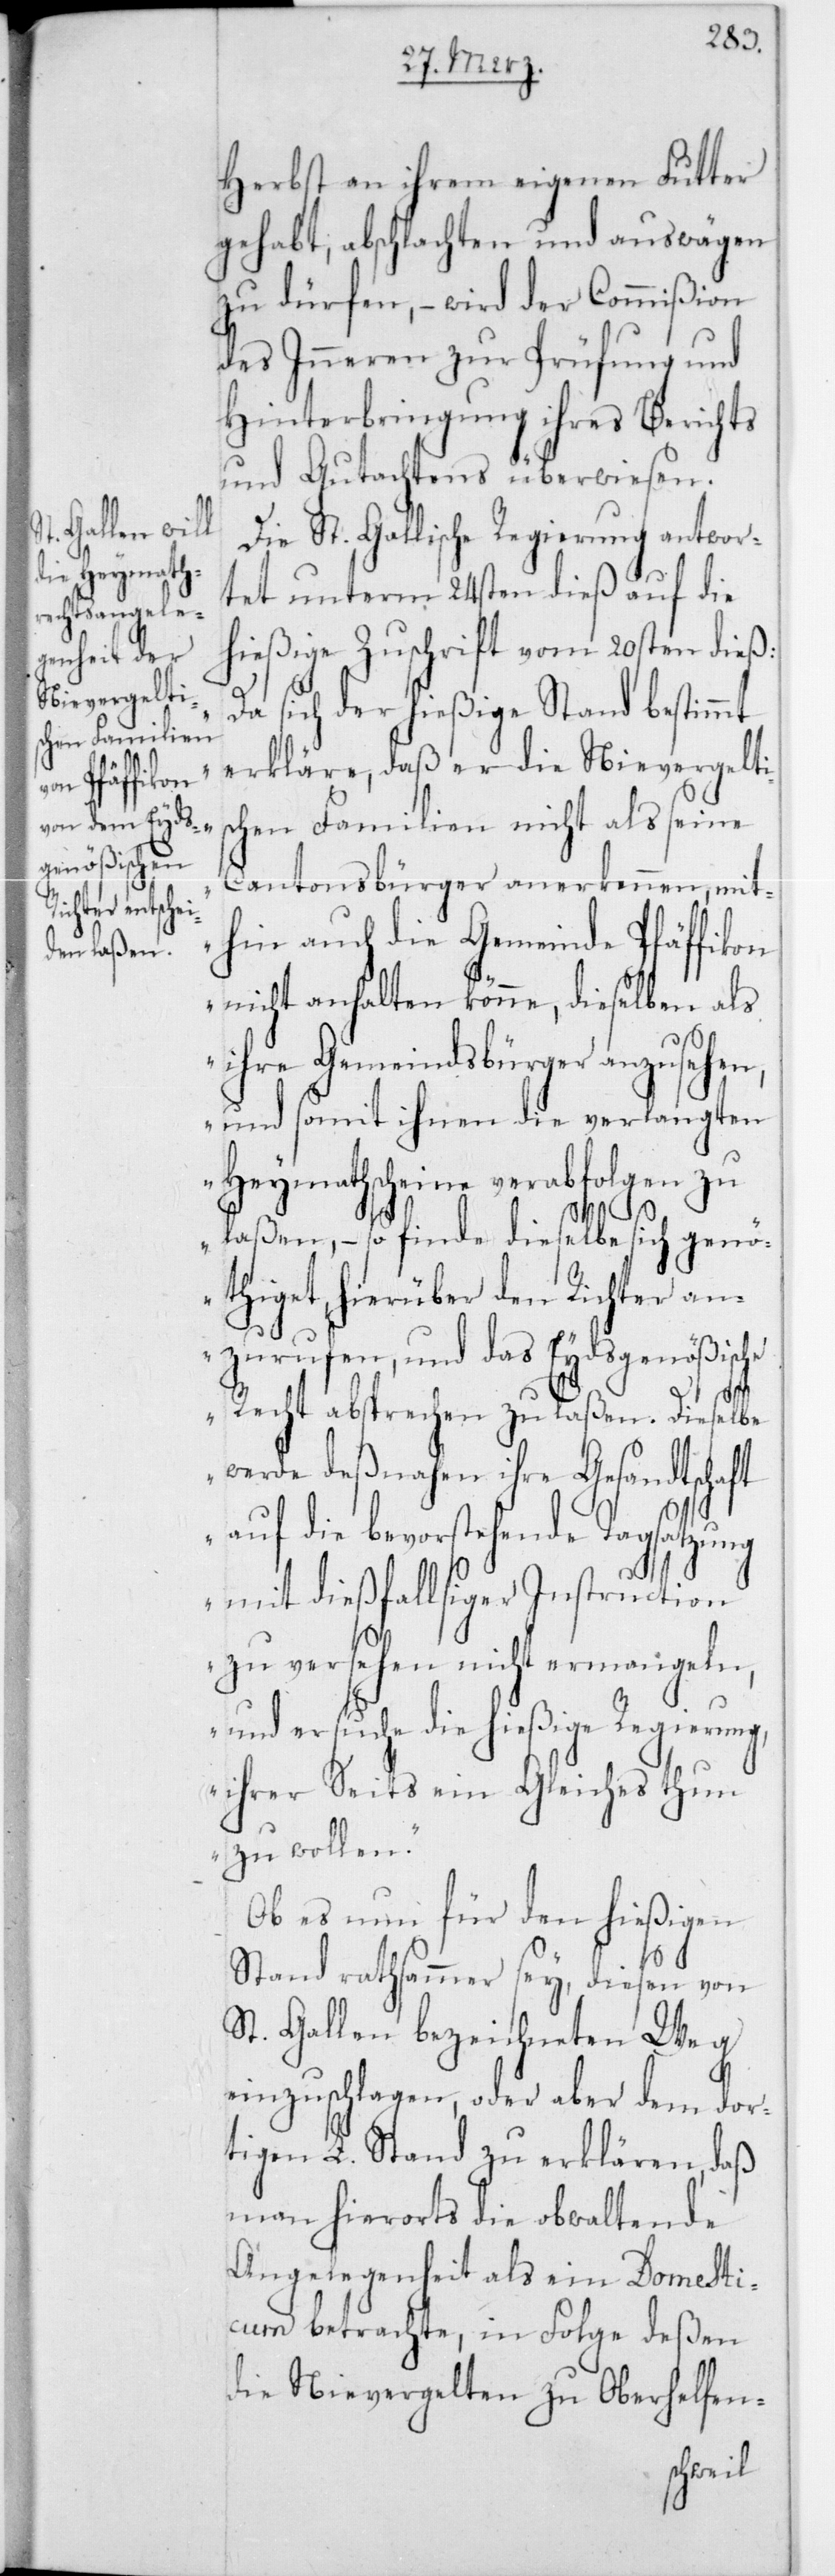
Herbst an ihrem eigenen Futter
gehabt, abschlachten und auswägen
zu dürfen, – wird der Commißion
des Innern zur Prüfung und
Hinterbringung ihres Berichts
und Gutachtens überwiesen.
Die St. Gallische Regierung antwor¬
tet unterm 24sten dieß auf die
hießige Zuschrift vom 20sten dieß:
a sich der hießige Stand bestimmt
erkläre, daß er die Nievergelti¬
schen Familien nicht als seine
Cantonsbürger anerkennen, mit¬
hin auch die Gemeinde Pfäffikon
nicht anhalten könne, dieselben als
ihre Gemeindsbürger anzusehe¬
n, und somit ihnen die verlangten
Heymathscheine verabfolgen zu
„D¬
laßen, – so finde dieselbe sich genö¬
thiget, hierüber den Richter an¬
zurufen, und das Eydsgenößische
Recht absprechen zu laßen. Dieselbe
werde deßnahen ihre Gesandtschaft
auf die bevorstehende Tagsatzung
mit dießfallsiger Instruction
zu versehen nicht ermangeln,
und ersuche die hießige Regierung,
ihrerseits ein Gleiches thun
zu wollen“.
Ob es nun für den hießigen
Stand rathsammer sey, diesen von
St. Gallen bezeichneten Weg
einzuschlagen, oder aber dem dor¬
tigen L. Stand zu erklären, daß
man hierorts die obwaltende
Angelegenheit als ein Domesti¬
cum betrachte, in Folge deßen
die Nievergelten zu Oberhelfen-